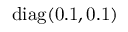
\mathrm { d i a g ( 0 . 1 , 0 . 1 ) }